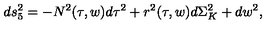
d s _ { 5 } ^ { 2 } = - N ^ { 2 } ( \tau , w ) d \tau ^ { 2 } + r ^ { 2 } ( \tau , w ) d \Sigma _ { K } ^ { 2 } + d w ^ { 2 } ,